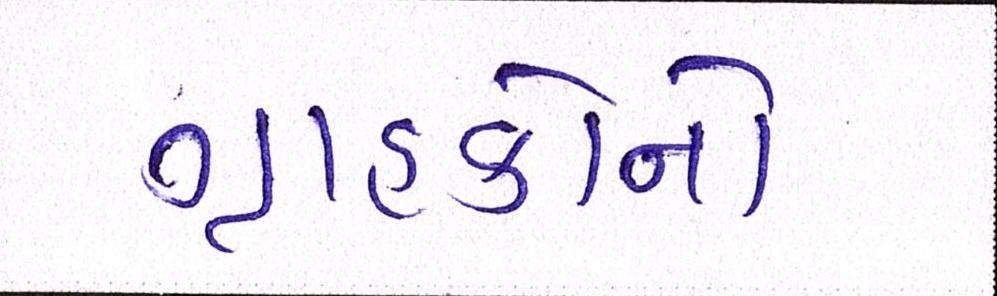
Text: ગ્રાહકોનો